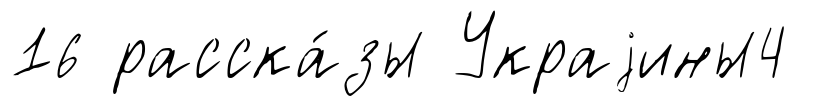
16 расска́зы Украjины4